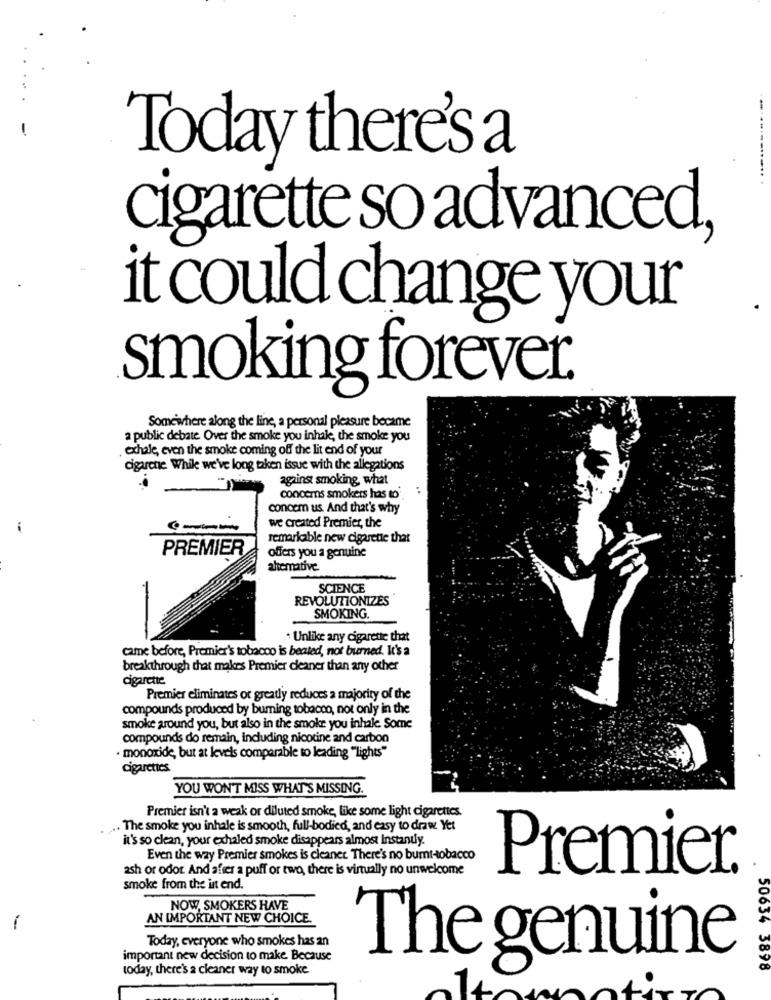
Today there's a
cigarette so advanced,
it could change your
smoking forever.
Somewhere along the line, a personal pleasure became
a public debate Over the smoke you inhale, the smoke you
exhale, even the smoke coming off the lit end of your
cigarette While we've long taken issue with the allegations
against smoking, what
concerns smokers has to
concem us. And that's why
-
----
we created Premier, the
remarkable new cigarette that
PREMIER
offers you a genuine
alternative
SCIENCE
REVOLUTIONIZES
SMOKING.
. Unlike any cigarette that
came before, Premier's tobacco is beated, not burned. It's a
breakthrough that makes Premier cleaner than any other
cigarette
Premier eliminates or greatly reduces a majority of the
compounds produced by buming tobacco, not only in the
smoke around you, but also in the smoke you inhale. Some
compounds do remain, including nicotine and carbon
· monoxide, but at levels comparable to leading "lights"
cigarettes.
YOU WON'T MISS WHAT'S MISSING.
Premier isn't a weak or diluted smoke, like some light cigarettes.
.. The smoke you inhale is smooth, full-bodied, and easy to draw Yet
it's so clean, your exhaled smoke disappears almost Instantly.
Even the way Premier smokes is cleaner. There's no bumi-tobacco
ash or odor And after a puff or two, there is virtually no unwelcome
Premier.
smoke from the in end.
NOW, SMOKERS HAVE
JOS
AN IMPORTANT NEW CHOICE.
-
Today, everyone who smokes has an
important new decision to make. Because
The genuine
today, there's a cleaner way to smoke
5898